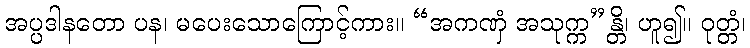
အပ္ပဒါနတော ပန၊ မပေးသောကြောင့်ကား။ “အကဏှံ အသုက္က”န္တိ၊ ဟူ၍။ ဝုတ္တံ၊